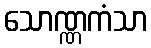
သောဏ္ဏကံသာ